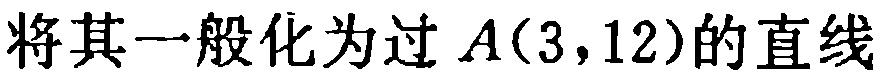
将其一般化为过 \(A(3,12)\) 的直线